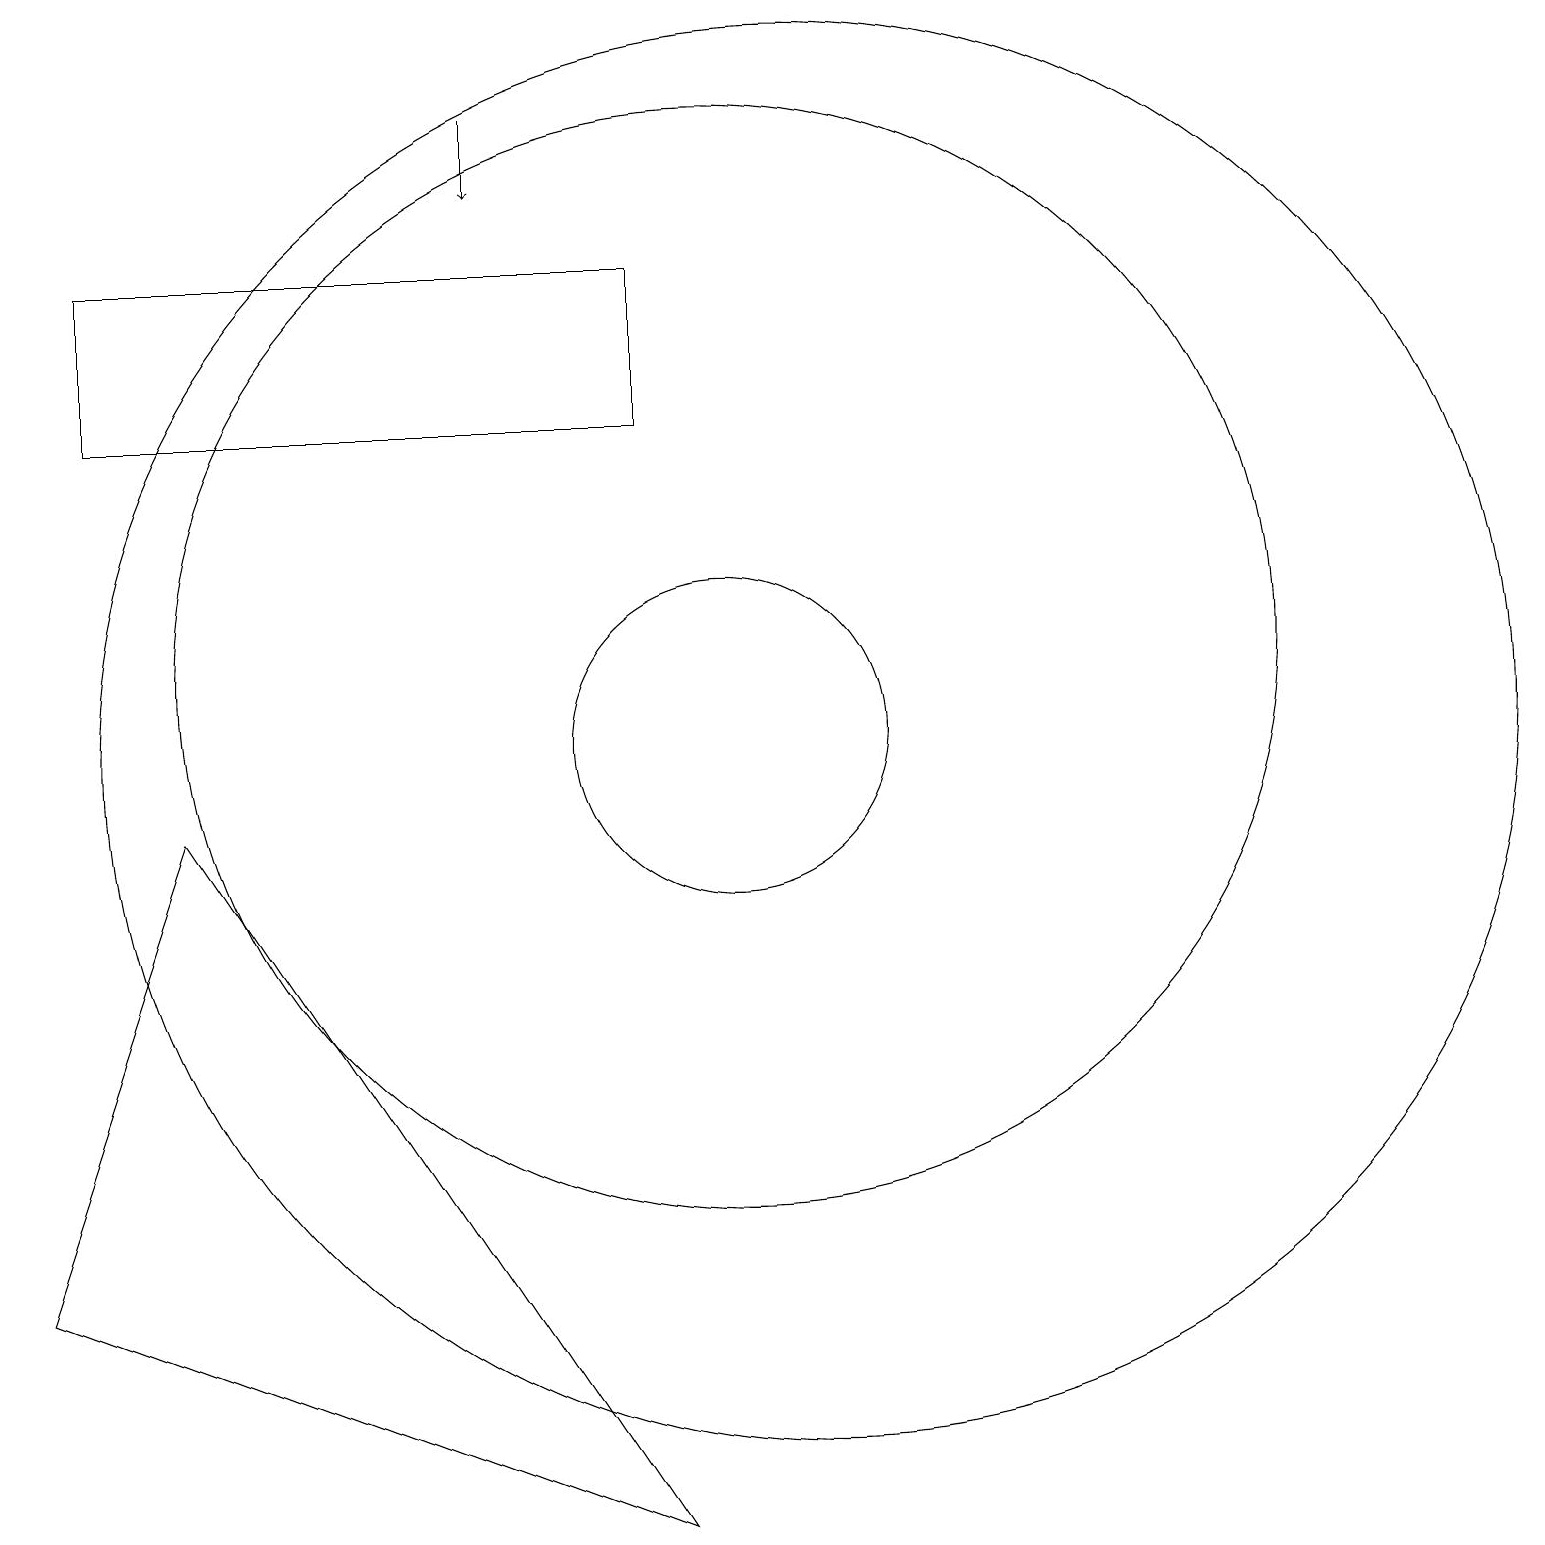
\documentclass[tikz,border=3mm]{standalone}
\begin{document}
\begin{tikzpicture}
\draw (10,10) circle (2);
\draw (9,0) -- (3,9) -- (1,3) -- cycle;
\draw (10,11) circle (7);
\draw (11,10) circle (9);
\draw[->] (7,18) -- (7,17);
\draw (2,16) rectangle (9,14);
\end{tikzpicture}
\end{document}